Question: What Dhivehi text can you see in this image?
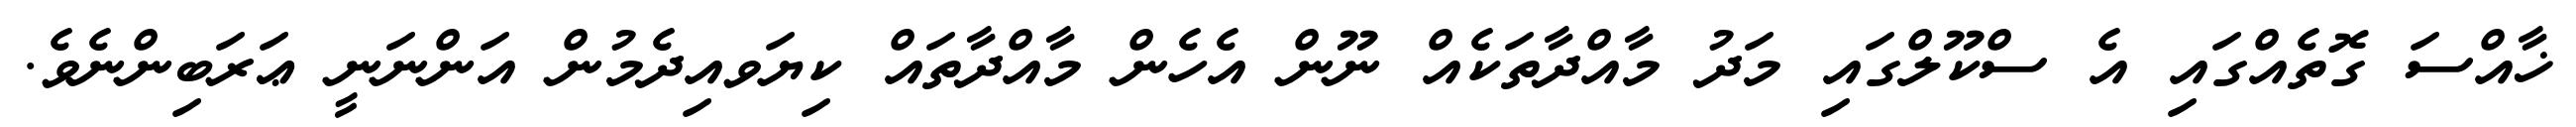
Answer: ޚާއްސަ ގޮތެއްގައި އެ ސްކޫލްގައި މަދު މާއްދާތަކެއް ނޫން އެހެން މާއްދާތައް ކިޔަވއިދެމުން އަންނަނީ ޢަރަބިންނެވެ.